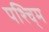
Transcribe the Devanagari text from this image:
पश्चि्म